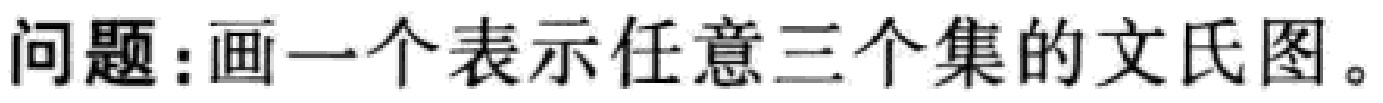
问题：画一个表示任意三个集的文氏图。